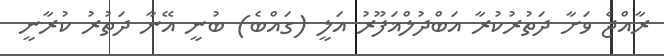
ރާއްޖެ ވަށާ ދަތުރުކުރާ އަބްދުލްޣަފޫރު އަލީ (ގައްބެ) ބުނީ އޭނާ ދަތުރު ކުރާނީ